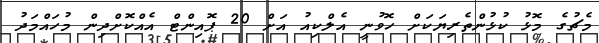
މެޗުގެ މޮޅު ކުޅުންތެރިޔަކަށް ހޮވުނީ އެލްކިއު އަށް 20 ޕޮއިންޓް އެއްކޮށްދިން މުހައްމަދު